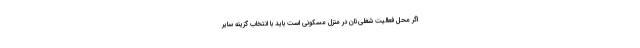
اگر محل فعالیت شغلی‌تان در منزل مسکونی است باید با انتخاب گزینه سایر